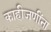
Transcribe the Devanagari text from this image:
काहीजणींना